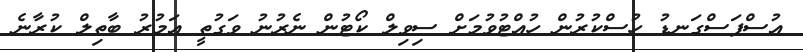
އުސްފަސްގަނޑު ހުސްކުރުން ހުއްޓުވުމަށް ސިވިލް ކޯޓުން ނެރުނު ވަގުތީ އަމުރު ބާތިލް ކުރާނެ